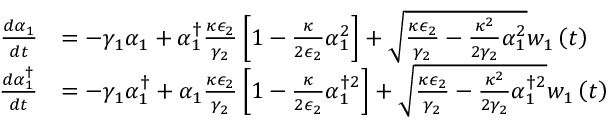
\begin{array} { r l } { \frac { d \alpha _ { 1 } } { d t } } & { = - \gamma _ { 1 } \alpha _ { 1 } + \alpha _ { 1 } ^ { \dagger } \frac { \kappa \epsilon _ { 2 } } { \gamma _ { 2 } } \left[ 1 - \frac { \kappa } { 2 \epsilon _ { 2 } } \alpha _ { 1 } ^ { 2 } \right] + \sqrt { \frac { \kappa \epsilon _ { 2 } } { \gamma _ { 2 } } - \frac { \kappa ^ { 2 } } { 2 \gamma _ { 2 } } \alpha _ { 1 } ^ { 2 } } w _ { 1 } \left( t \right) } \\ { \frac { d \alpha _ { 1 } ^ { \dagger } } { d t } } & { = - \gamma _ { 1 } \alpha _ { 1 } ^ { \dagger } + \alpha _ { 1 } \frac { \kappa \epsilon _ { 2 } } { \gamma _ { 2 } } \left[ 1 - \frac { \kappa } { 2 \epsilon _ { 2 } } \alpha _ { 1 } ^ { \dagger 2 } \right] + \sqrt { \frac { \kappa \epsilon _ { 2 } } { \gamma _ { 2 } } - \frac { \kappa ^ { 2 } } { 2 \gamma _ { 2 } } \alpha _ { 1 } ^ { \dagger 2 } } w _ { 1 } \left( t \right) } \end{array}